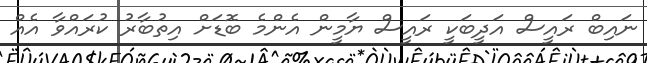
ނައިބް ރައީސް އަދީބަކީ ރައީސް ޔާމީން އެންމެ ބޮޑަށް އިތުބާރު ކުރައްވާ އެއް